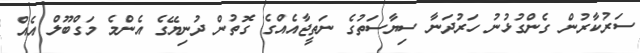
ސަރުކާރުން ގެންގުޅުނު ހަރުދަނާ ސިޔާސަތުގެ ނަތީޖާއެއްގެ ގޮތުން ދުނިޔޭގެ އެންމެ މަގްބޫލް އެއް